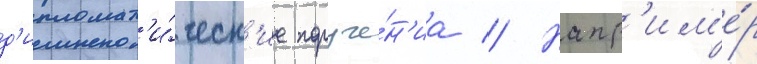
д'ипломат'и́ческ'ие поруче́н'иа // Напр'им'е́р